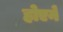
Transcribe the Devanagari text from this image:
होएने